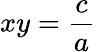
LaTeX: xy=\frac{c}{a}